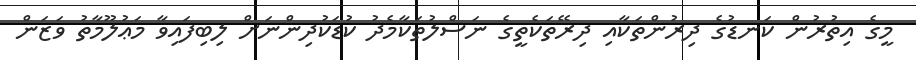
މީގެ އިތުރުން ކަނޑުގެ ދިރުންތަކާއި ދިރޭތަކެތީގެ ނަސްލުތަކާމެދު ކުޑަކުދިންނަށް ލިބިފައިވާ މަޢުލޫމާތު ވަޒަން